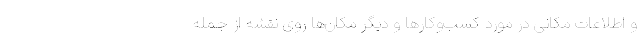
و اطلاعات مکانی در مورد کسب‌وکارها و دیگر مکان‌ها روی نقشه از جمله